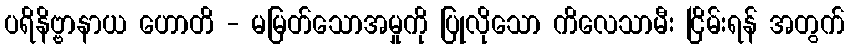
ပရိနိဗ္ဗာနာယ ဟောတိ - မမြတ်သောအမှုကို ပြုလိုသော ကိလေသာမီး ငြိမ်းရန် အတွက်